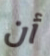
أن